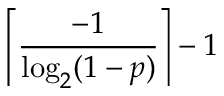
\left\lceil { \frac { - 1 } { \log _ { 2 } ( 1 - p ) } } \right\rceil - 1